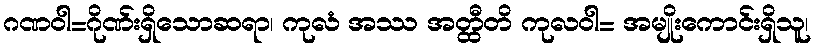
ဂဏဝါ=ဂိုဏ်းရှိသောဆရာ၊ ကုလံ အဿ အတ္ထီတိ ကုလဝါ= အမျိုးကောင်းရှိသူ၊